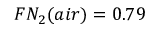
F N _ { 2 } ( a i r ) = 0 . 7 9